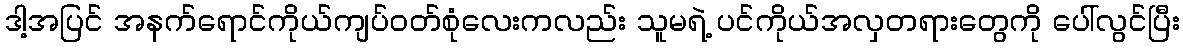
ဒါ့အပြင် အနက်ရောင်ကိုယ်ကျပ်ဝတ်စုံလေးကလည်း သူမရဲ့ ပင်ကိုယ်အလှတရားတွေကို ပေါ်လွင်ပြီး